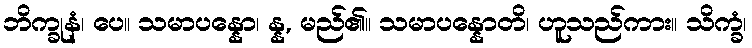
ဘိက္ခုနံ၊ ပေ။ သမာပန္နော၊ န္န, မည်၏။ သမာပန္နောတိ၊ ဟူသည်ကား။ သိက္ခံ၊